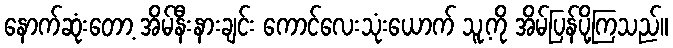
နောက်ဆုံးတော့ အိမ်နီးနားချင်း ကောင်လေးသုံးယောက် သူ့ကို အိမ်ပြန်ပို့ကြသည်။